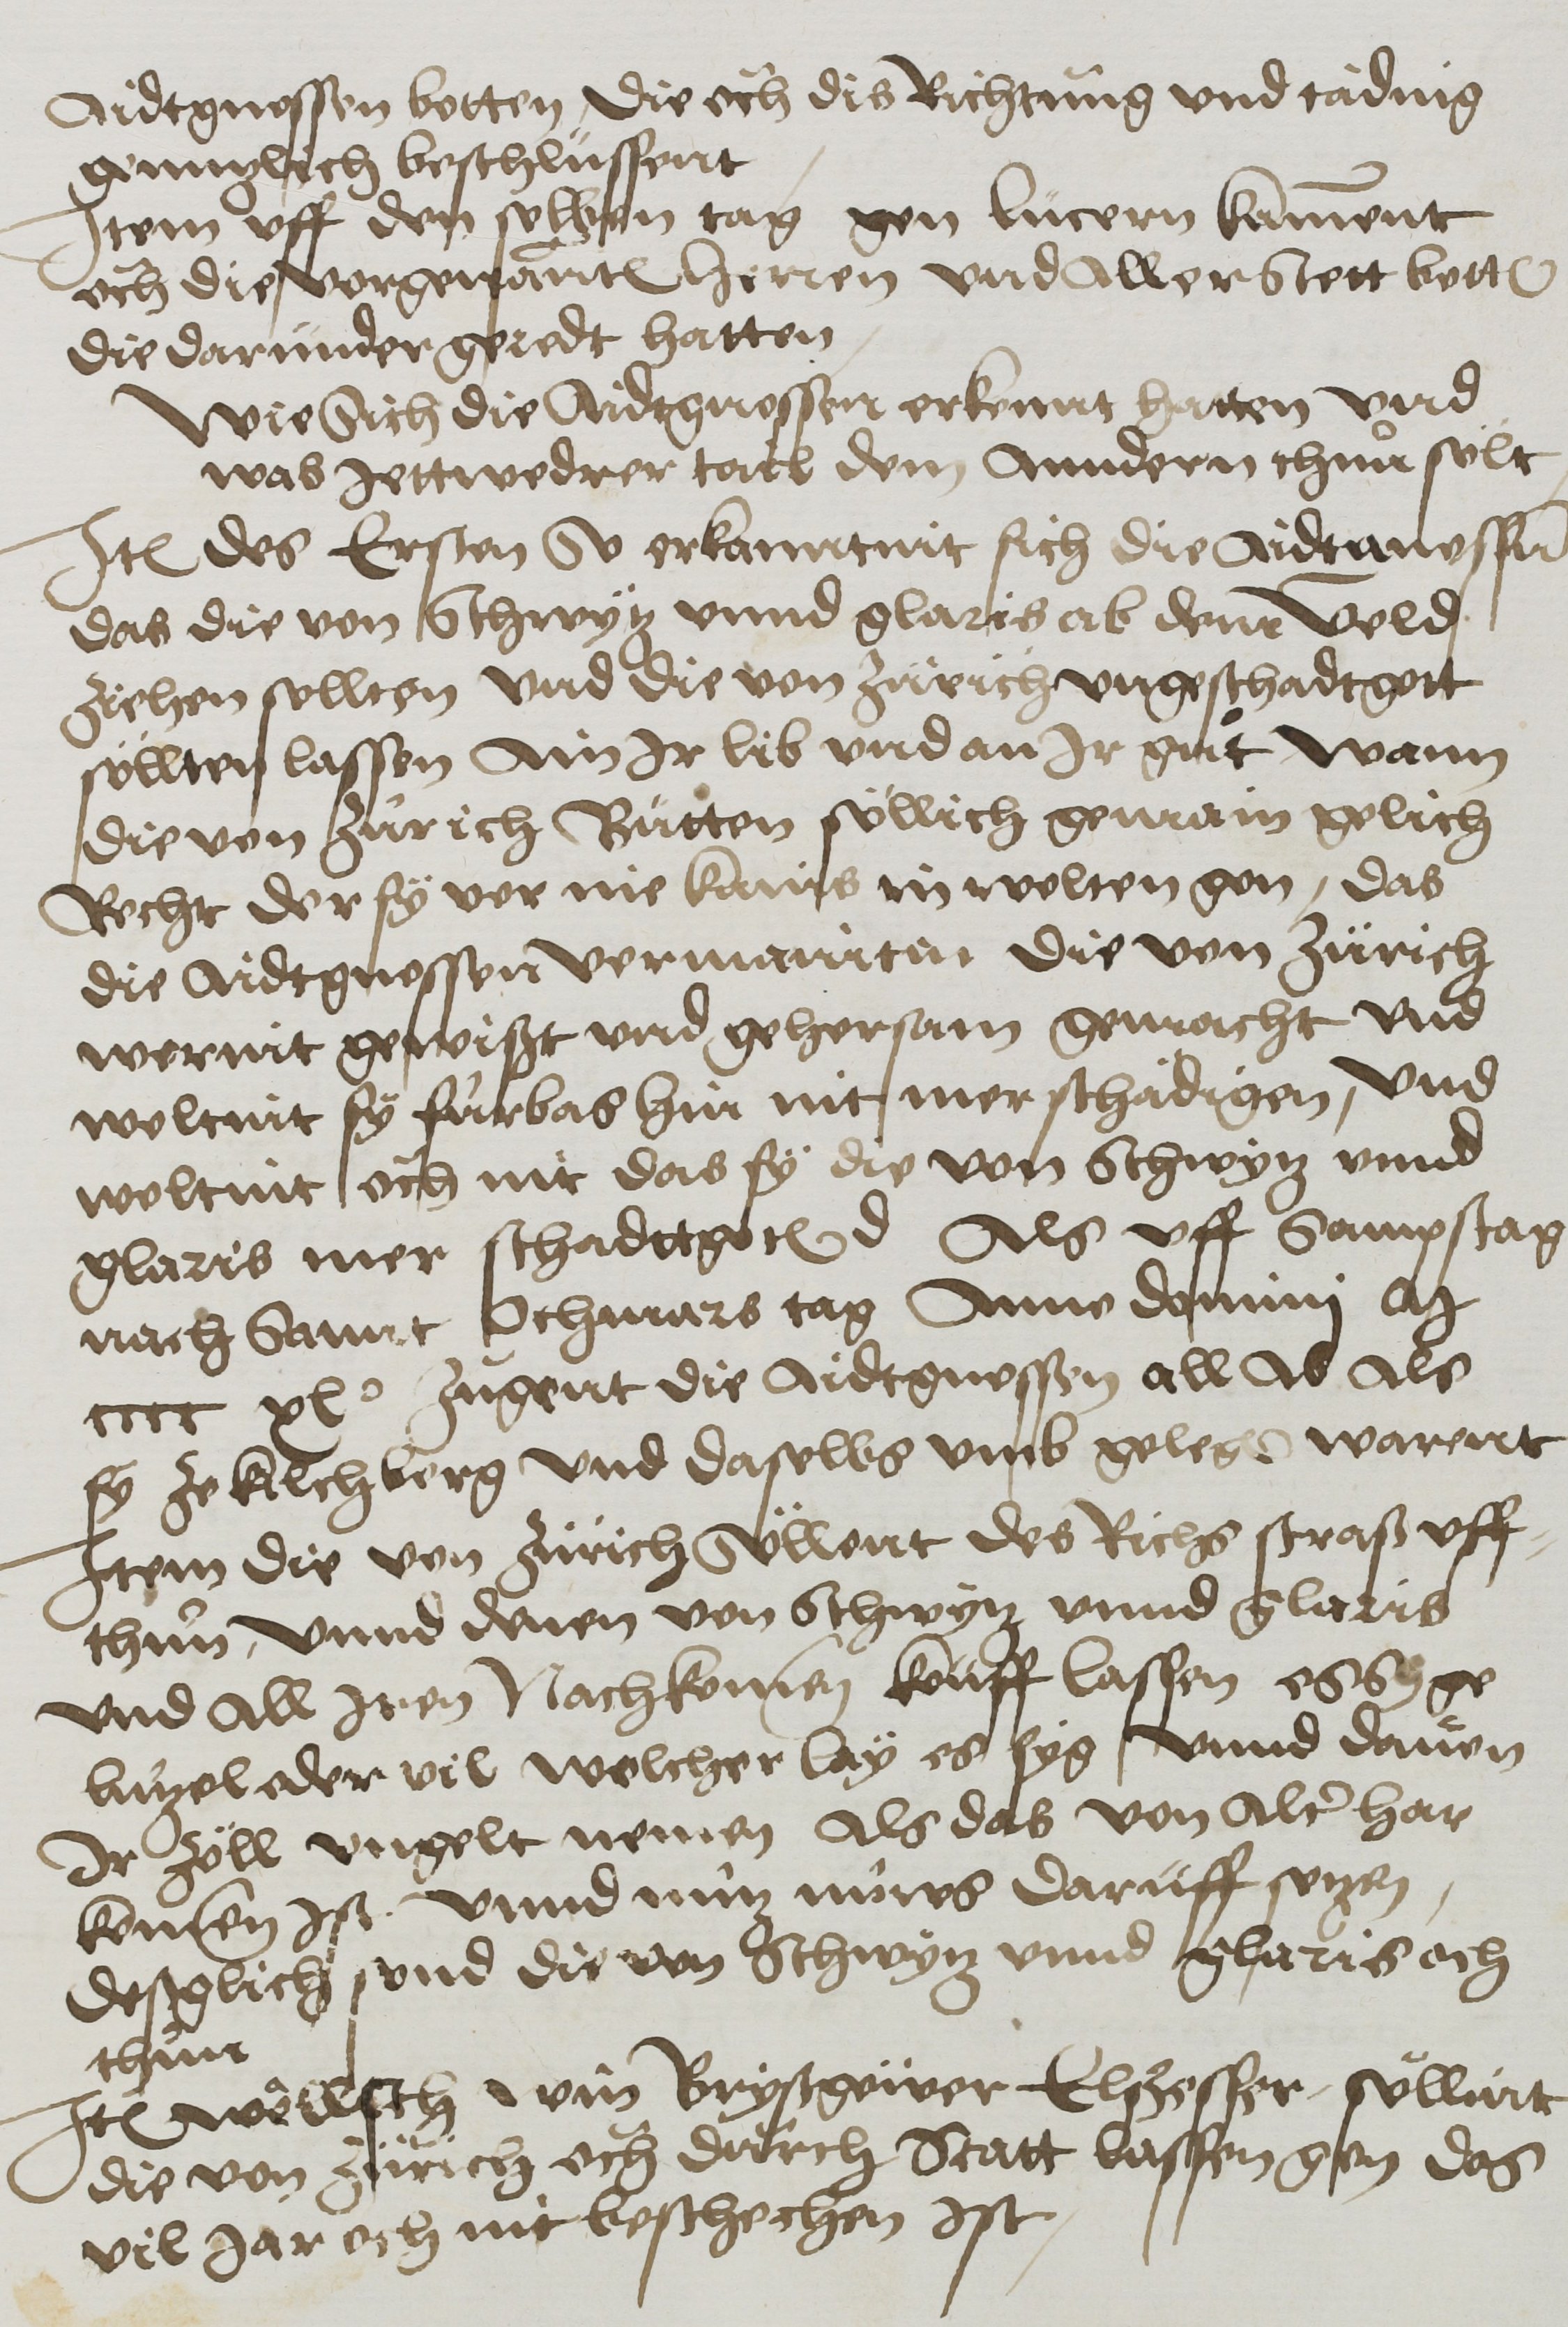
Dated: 1450–1599